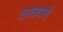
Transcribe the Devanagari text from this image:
टालबर्थ